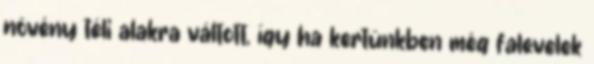
növény téli alakra váltott, így ha kertünkben még falevelek